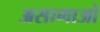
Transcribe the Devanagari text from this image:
असागाओ